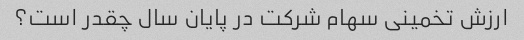
ارزش تخمینی سهام شرکت در پایان سال چقدر است؟